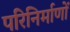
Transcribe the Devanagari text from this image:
परिनिर्माणों